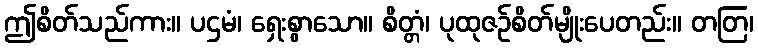
ဤစိတ်သည်ကား။ ပဌမံ၊ ရှေးစွာသော။ စိတ္တံ၊ ပုထုဇဉ်စိတ်မျိုးပေတည်း။ တတြ၊